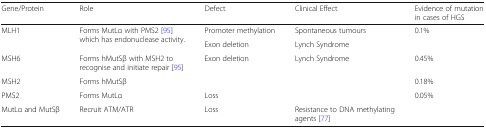
| Gene/Protein | Role | Defect | Clinical Effect | Evidence of mutation in cases of HGS |
 | --- | --- | --- | --- | --- |
 | <ROWSPAN=2> MLH1 | <ROWSPAN=2> Forms MutLα with PMS2 [95] which has endonuclease activity. | Promoter methylation | Spontaneous tumours | <ROWSPAN=2> 0.1% |
 | Exon deletion | Lynch Syndrome |
 | MSH6 | Forms hMutSβ with MSH2 to recognise and initiate repair [95] | <ROWSPAN=2> Exon deletion | <ROWSPAN=3> Lynch Syndrome | 0.45% |
 | MSH2 | Forms hMutSβ | 0.18% |
 | PMS2 | Forms MutLα | Loss | 0.05% |
 | MutLα and MutSβ | Recruit ATM/ATR | Loss | Resistance to DNA methylating agents [77] |  |